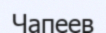
Чапеев